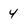
Character: 4